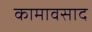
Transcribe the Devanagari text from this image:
कामावसाद